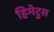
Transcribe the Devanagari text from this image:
हिमेटुस